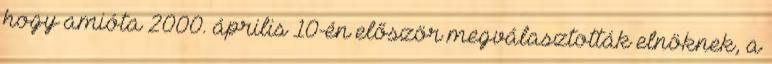
hogy amióta 2000. április 10-én először megválasztották elnöknek, a